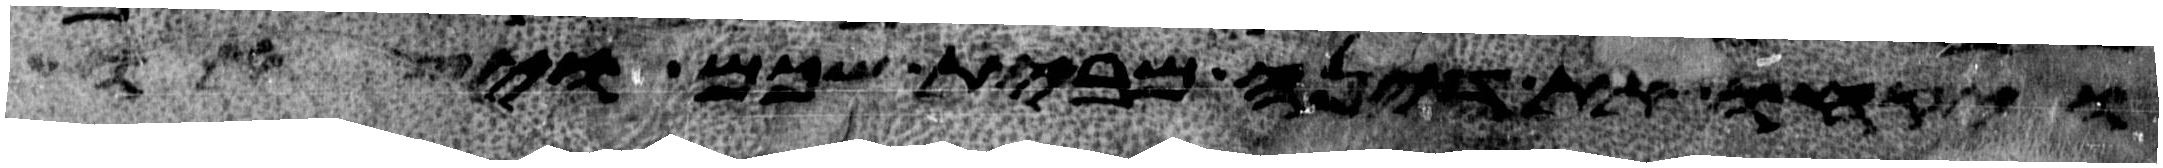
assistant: ויקחו את דינה מבית שכם ויצאו